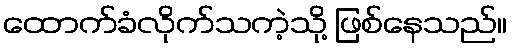
ထောက်ခံလိုက်သကဲ့သို့ ဖြစ်နေသည်။